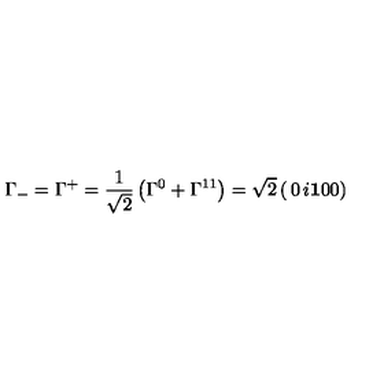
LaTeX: \Gamma _ { - } = \Gamma ^ { + } = { \frac { 1 } { \sqrt { 2 } } } \left( \Gamma ^ { 0 } + \Gamma ^ { 1 1 } \right) = \sqrt { 2 } \left( \begin{matrix} { 0 } & { i \bf { 1 } } \\ { 0 } & { 0 } \\ \end{matrix} \right)